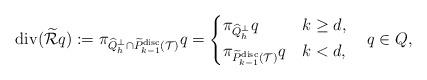
LaTeX: \begin{align*}\mathrm{div} (\widetilde{\mathcal{R}}q):=\pi_{\widehat{Q}_h^\perp\cap \widetilde{P}_{k-1}^{\mathrm{disc}}(\mathcal{T})} q=\begin{cases}\pi_{\widehat{Q}_h^\perp} q &k\geq d,\\\pi_{\widetilde{P}_{k-1}^{\mathrm{disc}}(\mathcal{T})} q &k<d,\end{cases}\quad q\in Q,\end{align*}